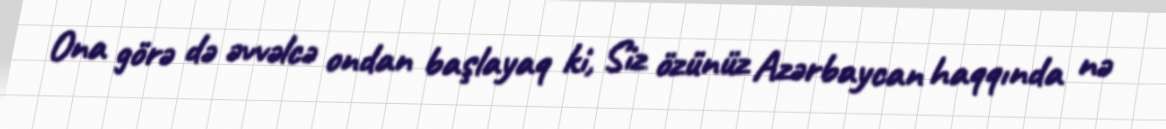
Ona görə də əvvəlcə ondan başlayaq ki, Siz özünüz Azərbaycan haqqında nə